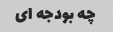
چه بودجه ای